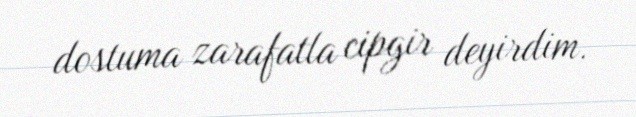
dostuma zarafatla cipgir deyirdim.